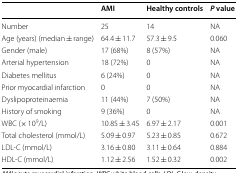
<table><thead><tr><td></td><td><b>AMI</b></td><td><b>Healthy controls</b></td><td><b><i>P</i> value</b></td></tr></thead><tbody><tr><td>Number</td><td>25</td><td>14</td><td>NA</td></tr><tr><td>Age (years) (median ± range)</td><td>64.4 ± 11.7</td><td>57.3 ± 9.5</td><td>0.060</td></tr><tr><td>Gender (male)</td><td>17 (68%)</td><td>8 (57%)</td><td>NA</td></tr><tr><td>Arterial hypertension</td><td>18 (72%)</td><td>0</td><td>NA</td></tr><tr><td>Diabetes mellitus</td><td>6 (24%)</td><td>0</td><td>NA</td></tr><tr><td>Prior myocardial infarction</td><td>0</td><td>0</td><td>NA</td></tr><tr><td>Dyslipoproteinaemia</td><td>11 (44%)</td><td>7 (50%)</td><td>NA</td></tr><tr><td>History of smoking</td><td>9 (36%)</td><td>0</td><td>NA</td></tr><tr><td>WBC (× 10<sup>9</sup>/L)</td><td>10.85 ± 3.45</td><td>6.97 ± 2.17</td><td>0.001</td></tr><tr><td>Total cholesterol (mmol/L)</td><td>5.09 ± 0.97</td><td>5.23 ± 0.85</td><td>0.672</td></tr><tr><td>LDL-C (mmol/L)</td><td>3.16 ± 0.80</td><td>3.11 ± 0.64</td><td>0.884</td></tr><tr><td>HDL-C (mmol/L)</td><td>1.12 ± 2.56</td><td>1.52 ± 0.32</td><td>0.002</td></tr></tbody></table>